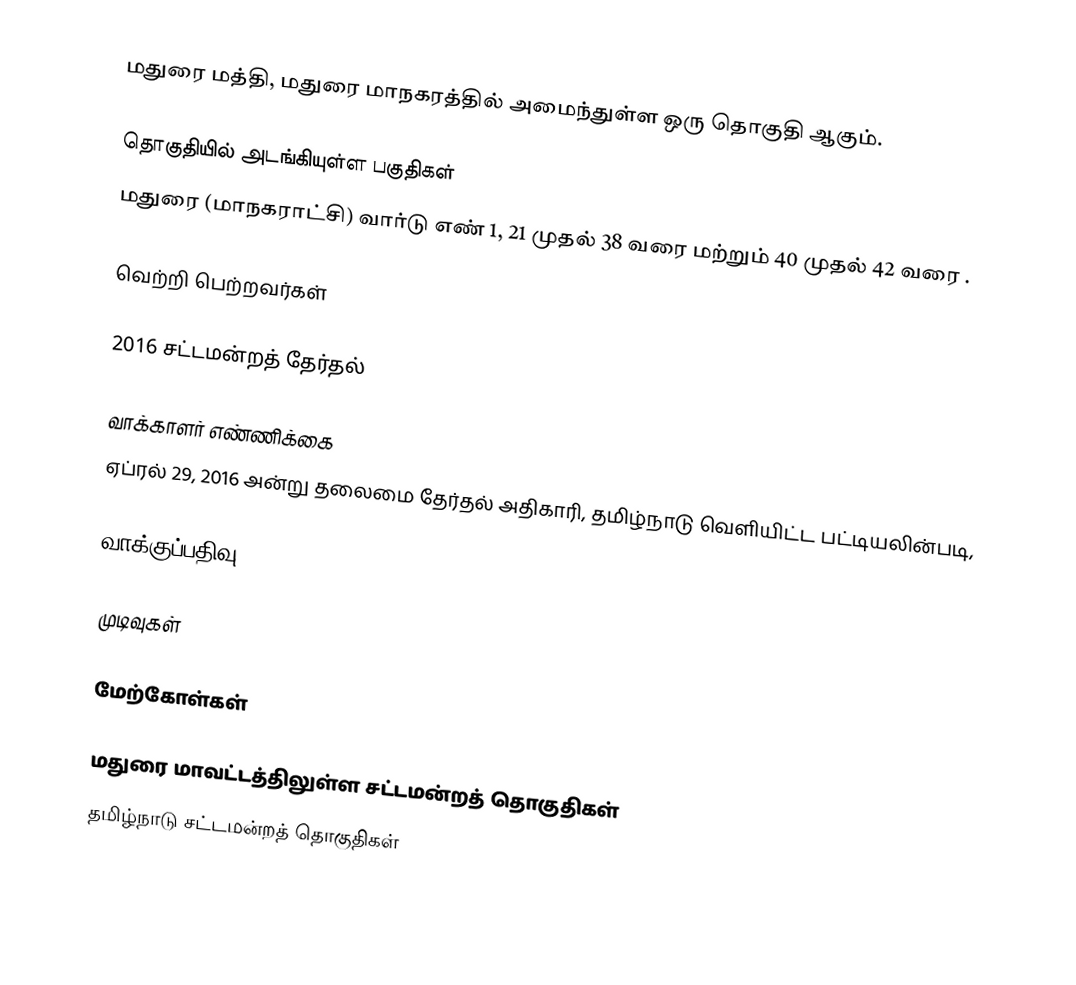
மதுரை மத்தி, மதுரை மாநகரத்தில் அமைந்துள்ள ஒரு தொகுதி ஆகும்.

தொகுதியில் அடங்கியுள்ள பகுதிகள்
மதுரை (மாநகராட்சி) வார்டு எண் 1, 21 முதல் 38 வரை மற்றும் 40 முதல் 42 வரை .

வெற்றி பெற்றவர்கள்

2016 சட்டமன்றத் தேர்தல்

வாக்காளர் எண்ணிக்கை
ஏப்ரல் 29, 2016 அன்று தலைமை தேர்தல் அதிகாரி, தமிழ்நாடு வெளியிட்ட பட்டியலின்படி,

வாக்குப்பதிவு

முடிவுகள்

மேற்கோள்கள்

மதுரை மாவட்டத்திலுள்ள சட்டமன்றத் தொகுதிகள்
தமிழ்நாடு சட்டமன்றத் தொகுதிகள்